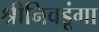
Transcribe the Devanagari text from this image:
श्रीनिवडूंगा